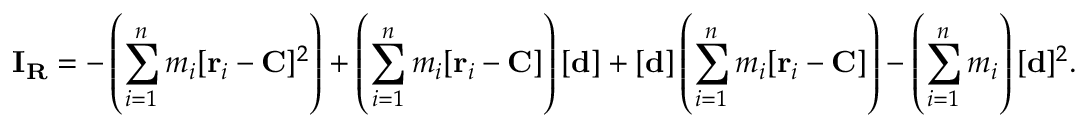
\mathbf { I } _ { \mathbf { R } } = - \left( \sum _ { i = 1 } ^ { n } m _ { i } [ \mathbf { r } _ { i } - \mathbf { C } ] ^ { 2 } \right) + \left( \sum _ { i = 1 } ^ { n } m _ { i } [ \mathbf { r } _ { i } - \mathbf { C } ] \right) [ \mathbf { d } ] + [ \mathbf { d } ] \left( \sum _ { i = 1 } ^ { n } m _ { i } [ \mathbf { r } _ { i } - \mathbf { C } ] \right) - \left( \sum _ { i = 1 } ^ { n } m _ { i } \right) [ \mathbf { d } ] ^ { 2 } .